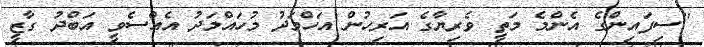
''ސިފައިންގެ އެންމެ މަތީ ވެރިޔާގެ އަރިހުން އަހްމަދު މުހައްމަދު އެއްސެވީ އަބްދު ގާޒީ